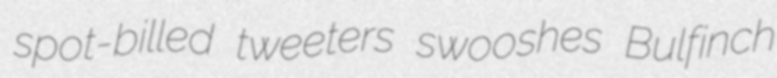
spot-billed tweeters swooshes Bulfinch